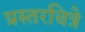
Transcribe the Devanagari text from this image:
प्रस्तरचित्रे